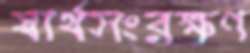
স্বার্থসংরক্ষণ